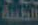
الطبية